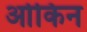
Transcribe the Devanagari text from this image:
ओकिन